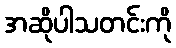
အဆိုပါသတင်းကို